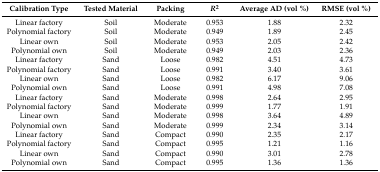
<table><thead><tr><td><b>Calibration Type</b></td><td><b>Tested Material</b></td><td><b>Packing</b></td><td><b><i>R</i><sup>2</sup></b></td><td><b>Average AD (vol %)</b></td><td><b>RMSE (vol %)</b></td></tr></thead><tbody><tr><td>Linear factory</td><td>Soil</td><td>Moderate</td><td>0.953</td><td>1.88</td><td>2.32</td></tr><tr><td>Polynomial factory</td><td>Soil</td><td>Moderate</td><td>0.949</td><td>1.89</td><td>2.45</td></tr><tr><td>Linear own</td><td>Soil</td><td>Moderate</td><td>0.953</td><td>2.05</td><td>2.42</td></tr><tr><td>Polynomial own</td><td>Soil</td><td>Moderate</td><td>0.949</td><td>2.03</td><td>2.36</td></tr><tr><td>Linear factory</td><td>Sand</td><td>Loose</td><td>0.982</td><td>4.51</td><td>4.73</td></tr><tr><td>Polynomial factory</td><td>Sand</td><td>Loose</td><td>0.991</td><td>3.40</td><td>3.61</td></tr><tr><td>Linear own</td><td>Sand</td><td>Loose</td><td>0.982</td><td>6.17</td><td>9.06</td></tr><tr><td>Polynomial own</td><td>Sand</td><td>Loose</td><td>0.991</td><td>4.98</td><td>7.08</td></tr><tr><td>Linear factory</td><td>Sand</td><td>Moderate</td><td>0.998</td><td>2.64</td><td>2.95</td></tr><tr><td>Polynomial factory</td><td>Sand</td><td>Moderate</td><td>0.999</td><td>1.77</td><td>1.91</td></tr><tr><td>Linear own</td><td>Sand</td><td>Moderate</td><td>0.998</td><td>3.64</td><td>4.89</td></tr><tr><td>Polynomial own</td><td>Sand</td><td>Moderate</td><td>0.999</td><td>2.34</td><td>3.14</td></tr><tr><td>Linear factory</td><td>Sand</td><td>Compact</td><td>0.990</td><td>2.35</td><td>2.17</td></tr><tr><td>Polynomial factory</td><td>Sand</td><td>Compact</td><td>0.995</td><td>1.21</td><td>1.16</td></tr><tr><td>Linear own</td><td>Sand</td><td>Compact</td><td>0.990</td><td>3.01</td><td>2.78</td></tr><tr><td>Polynomial own</td><td>Sand</td><td>Compact</td><td>0.995</td><td>1.36</td><td>1.36</td></tr></tbody></table>